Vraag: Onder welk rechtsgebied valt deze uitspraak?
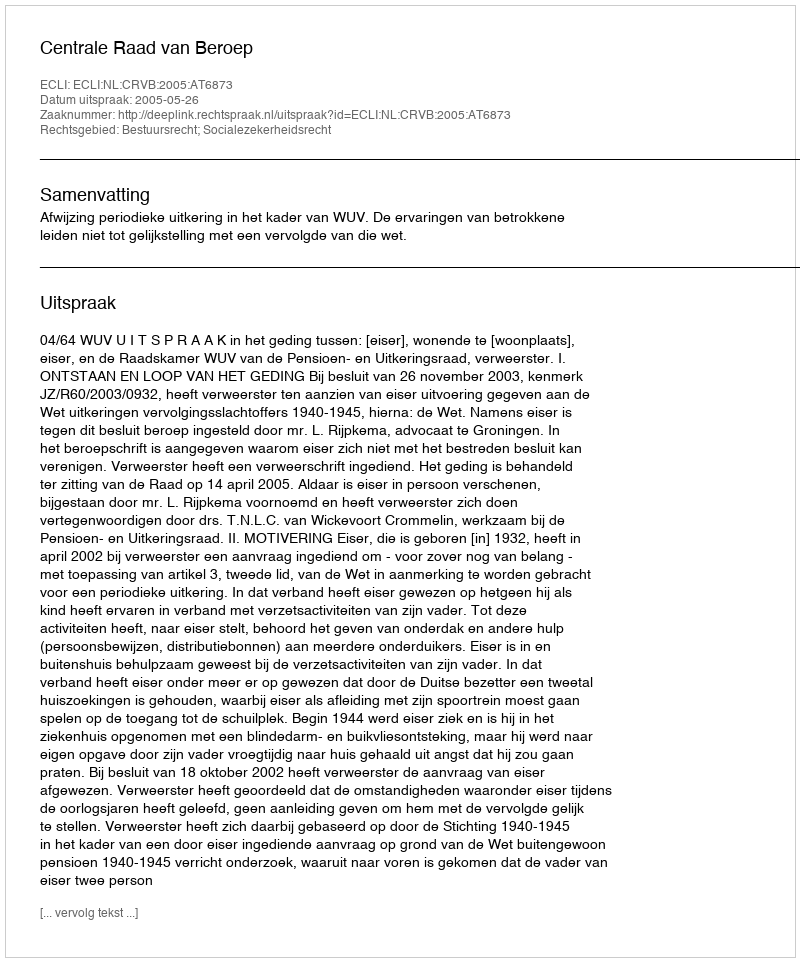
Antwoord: Bestuursrecht; Socialezekerheidsrecht